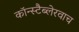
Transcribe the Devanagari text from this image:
कॉन्स्टैब्लेरवाच